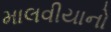
માલવીયાનો